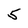
Character: 5